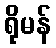
ရိုမန်